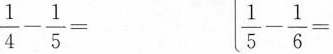
$$\frac { 1 } { 4 } - \frac { 1 } { 5 } =$$ $$\frac { 1 } { 5 } - \frac { 1 } { 6 } =$$